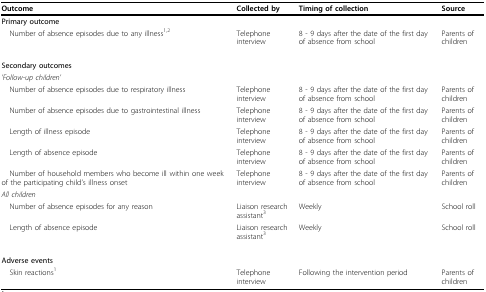
<table><thead><tr><td><b>Outcome</b></td><td><b>Collected by</b></td><td><b>Timing of collection</b></td><td><b>Source</b></td></tr></thead><tbody><tr><td><b>Primary outcome</b></td><td></td><td></td><td></td></tr><tr><td> Number of absence episodes due to any illness<sup>1,2</sup></td><td>Telephone interview</td><td>8 - 9 days after the date of the first day of absence from school</td><td>Parents of children</td></tr><tr><td><b>Secondary outcomes</b></td><td></td><td></td><td></td></tr><tr><td><i>&#x27;Follow-up children&#x27;</i></td><td></td><td></td><td></td></tr><tr><td> Number of absence episodes due to respiratory illness</td><td>Telephone interview</td><td>8 - 9 days after the date of the first day of absence from school</td><td>Parents of children</td></tr><tr><td> Number of absence episodes due to gastrointestinal illness</td><td>Telephone interview</td><td>8 - 9 days after the date of the first day of absence from school</td><td>Parents of children</td></tr><tr><td> Length of illness episode</td><td>Telephone interview</td><td>8 - 9 days after the date of the first day of absence from school</td><td>Parents of children</td></tr><tr><td> Length of absence episode</td><td>Telephone interview</td><td>8 - 9 days after the date of the first day of absence from school</td><td>Parents of children</td></tr><tr><td> Number of household members who become ill within one week of the participating child&#x27;s illness onset</td><td>Telephone interview</td><td>8 - 9 days after the date of the first day of absence from school</td><td>Parents of children</td></tr><tr><td><i>All children</i></td><td></td><td></td><td></td></tr><tr><td> Number of absence episodes for any reason</td><td>Liaison research assistant<sup>3</sup></td><td>Weekly</td><td>School roll</td></tr><tr><td> Length of absence episode</td><td>Liaison research assistant<sup>3</sup></td><td>Weekly</td><td>School roll</td></tr><tr><td><b>Adverse events</b></td><td></td><td></td><td></td></tr><tr><td> Skin reactions<sup>1</sup></td><td>Telephone interview</td><td>Following the intervention period</td><td>Parents of children</td></tr></tbody></table>